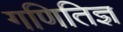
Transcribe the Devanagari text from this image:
गणितिज्ञ